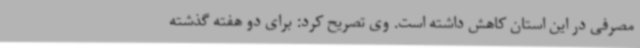
مصرفی در این استان کاهش داشته است. وی تصریح کرد: برای دو هفته گذشته